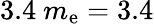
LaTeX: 3.4~m_{\mathrm{e}}=3.4